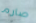
صارم